Lunatic asylums in Bengal annual reports 1899-1911 - 1899-1911
Year: 1899
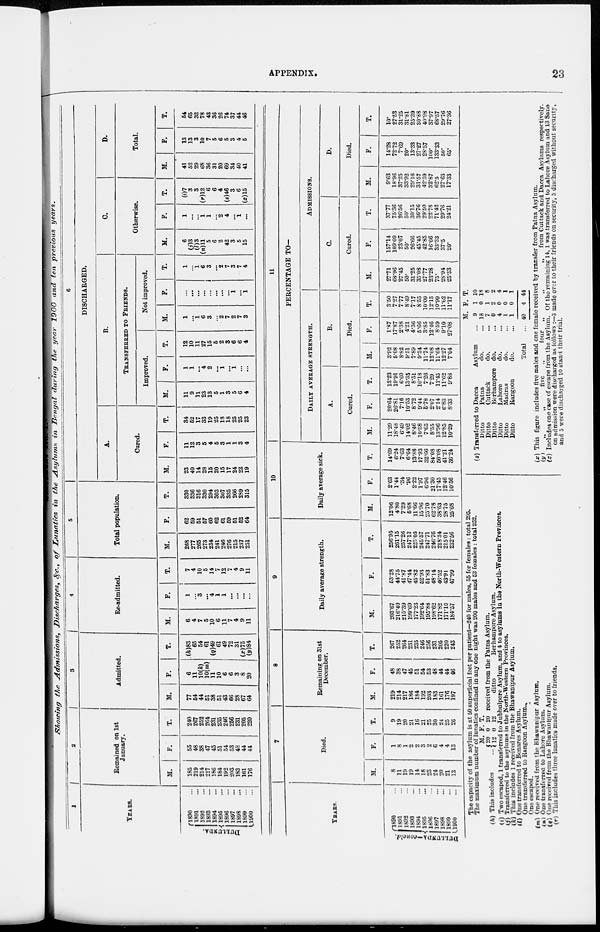
APPENDIX.
23
Showing
the Admissions,
Discharges,
&c., of Lunatics
in the Asylums
in Bengal during
the year 1900 and ten previous
years.
1
YEARS.
DULLUNDA.
1890 ...
1891 ...
1892 ...
1893 ...
1894 ...
1895 ...
1896 ...
1897 ...
1898 ...
1899 ...
1900 ...
2
Remained on 1st
January.
M.
185
219
214
217
186
184
192
203
183
161
176
F.
55
48
38
47
45
51
54
53
48
44
44
T.
240
267
252
264
231
235
246
256
231
205
220
3
Admitted.
M.
77
54
44
51
38
51
43
66
28
67
64
F.
6
11
10(k)
10(m)
11
10
6
6
3
8
20
T.
(h)83
65
54
61
(q)49
61
49
72
31
(x)75
(y)84
4
Re-admitted.
M.
6
4
7
5
10
6
11
7
4
9
11
F.
1
...
3
...
4
1
1
...
...
...
...
T.
7
4
10
5
14
7
12
7
4
9
11
5
Total population.
M.
268
277
265
273
234
241
246
276
215
237
251
F.
62
59
51
57
60
62
61
59
51
52
64
T.
330
336
316
330
294
303
307
335
266
289
315
6
DISCHARGED.
A.
Cured.
M.
23
40
14
28
15
20
15
17
24
22
19
F.
11
12
3
5
4
5
3
1
1
3
4
T.
34
52
17
33
19
25
18
18
25
25
23
B.
TRANSFERRED TO FRIENDS.
Improved.
M.
11
9
11
23
13
5
1
3
5
6
4
F.
1
1
...
4
2
...
1
...
1
...
...
T.
12
10
11
27
15
5
2
3
6
6
4
Not improved.
M.
1
...
1
6
3
...
2
7
2
7
3
F.
...
...
...
...
...
...
...
...
1
...
1
T.
1
...
1
6
3
...
2
7
3
7
4
C.
Otherwise.
M.
6
(j)3
(l)3
(n)11
5
6
2
42
3
5
15
F.
1
...
...
1
1
...
2
4
...
1
...
T.
(i)7
3
3
(r)12
6
6
4
(s)46
3
6
(z)15
D.
Total.
M.
41
52
29
68
36
31
20
69
34
40
41
F.
13
13
3
10
7
5
6
5
3
4
5
T.
54
65
32
78
43
36
26
74
37
44
46
YEARS.
DULLUNDA-concld.
l890 ...
1891 ...
1892 ...
1893 ...
1894 ...
1895 ...
1896 ...
1897 ...
1898 ...
1899 ...
1900 ...
7
Died.
M.
8
11
19
19
14
18
23
24
20
21
13
F.
1
8
1
2
2
3
2
6
4
4
13
T.
9
19
20
21
16
21
25
30
24
25
26
8
Remaining on 31st
December.
M.
219
214
217
186
184
192
203
183
161
176
197
F.
48
38
47
45
51
54
53
48
44
44
46
T.
267
252
264
231
235
246
256
231
205
220
243
9
Daily average strength.
M.
203.67
216.40
215.39
199.69
177.23
192.64
195.88
198.62
171.82
171.10
184.57
F.
53.28
44.75
41.87
47.44
45.82
52.93
51.83
48.14
46.52
43.91
47.99
T.
256.95
261.15
257.26
247.13
223.05
245.57
247.71
246.76
218.34
215.01
232.56
10
Daily average sick.
M.
12.06
4.80
7.29
5.68
11.66
15.96
25.70
62.78
38.63
28.75
25.68
F.
2.63
1.44
.34
.96
2.22
1.97
6.96
21.30
17.45
12.46
10.56
T.
14.69
6.24
7.63
6.64
13.88
17.93
32.66
84.08
56.08
41.21
36.24
11
PERCENTAGE TO—
DAILY AVERAGE STRENGTH.
A.
Cured.
M.
11.29
18.48
6.49
14.02
8.46
10.38
7.65
8.55
13.96
12.85
10.29
F.
20.64
26.81
7.16
10.53
8.72
9.44
5.78
2.07
2.14
6.83
8.33
T.
13.23
19.91
6.60
13.35
8.51
10.18
7.26
7.29
11.45
11.62
9.88
B.
Died.
M.
3.92
5.08
8.82
9.51
7.89
9.34
11.74
12.08
11.64
12.27
7.04
F.
1.87
17.87
2.38
4.21
4.36
5.66
3.85
12.46
8.59
9.10
27.08
T.
3.50
7.27
7.77
8.49
7.17
8.55
10.09
12.15
10.99
11.62
11.17
ADMISSIONS.
C.
Cured.
M.
27.71
68.96
27.45
50.
31.25
35.08
27.77
23.28
75.
28.94
25.33
F.
157.14
109.09
23.07
50.
26.66
45.45
42.85
16.66
33.33
37.5
20.
T.
37.77
75.36
26.56
50.
30.15
36.76
29.50
22.78
71.42
29.76
24.21
D.
Died.
M.
9.63
18.96
37.25
33.92
29.16
31.57
42.59
32.87
62.5
27.63
17.33
F.
14.28
72.72
7.69
20.
13.33
27.27
28.57
100.
133.33
50.
65.
T.
10.
27.53
31.25
31.81
25.39
30.88
40.98
37.97
68.57
29.76
27.36
The capacity of the asylum is at 50 superficial feet per patient—240 for males, 55 for females: total 295.
The maximum number of lunatics confined in any one night was 200 males and 52 females : total 252.
(h) This includes
...
M.
20
12
F.
0
0
A.
20
12
received from the Patna Asylum.
ditto
Berhampore Asylum.
(i) Two escaped, 1 transferred to Jubbulpore Asylum, and 4 to asylums in the North-Western Provinces.
(j) Transferred to the asylums in the North-Western Provinces.
(k) This includes 1 received from the Bhawanipur Asylum.
(l) One transferred to Benares Asylum.
One transferred to Rangoon Asylum.
One escaped.
(m) One received from the Bhawanipur Asylum.
(n) One transferred to Lahore Asylum.
(o) One received from the Bhawanipur Asylum.
(r) This includes three lunatics made over to friends.
(s) Transferred to Dacca
Asylum ...
Ditto
Patna
do. ...
Ditto
Cuttack
do. ...
Ditto
Berhampore do. ...
Ditto
Lahore
do. ...
Ditto
Madras
do. ...
Ditto
Rangoon
do. ...
Total ...
M.
9
18
7
0
4
1
1
40
F.
1
0
1
2
0
0
0
4
T.
10
18
8
2
4
1
1
44
(x) This figure includes five males and one female received by transfer from Patna Asylum.
(y)
„
„
five
„
four
„
„
„
from Cuttack and Dacca Asylums respectively.
(z) Includes one case of escape from the Asylum. Of the remaining 14, 1 was transferred to Lahore Asylum and 13 Sane
on admission were discharged as follows :—3 made over to their friends on security, 5 discharged without security.
and 5 were discharged to stand their trial.